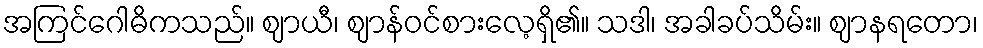
အကြင်ဂေါဓိကသည်။ ဈာယီ၊ ဈာန်ဝင်စားလေ့ရှိ၏။ သဒါ၊ အခါခပ်သိမ်း။ ဈာနရတော၊